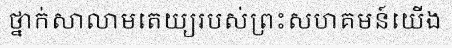
ថ្នាក់សាលាមតេយ្យរបស់ព្រះសហគមន៍យើង